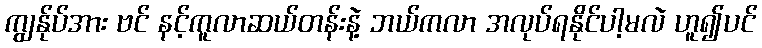
ကျွန်ုပ်အား ဗင် နင့်ကူလာဆယ်တန်းနဲ့ ဘယ်ကလာ အလုပ်ရနိုင်ပါ့မလဲ ဟူ၍ပင်